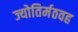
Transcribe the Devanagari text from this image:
ज्योतिर्मठवह